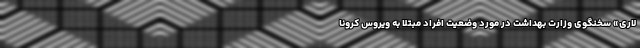
لاری» سخنگوی وزارت بهداشت در مورد وضعیت افراد مبتلا به ویروس کرونا